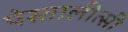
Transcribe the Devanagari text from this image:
पेस्तालीत्सी